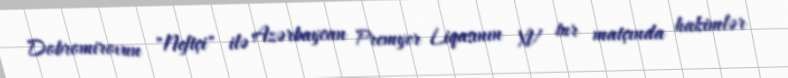
Dobromirovun "Neftçi" ilə Azərbaycan Premyer Liqasının XV tur matçında hakimlər